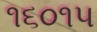
૧૬૦૧૫